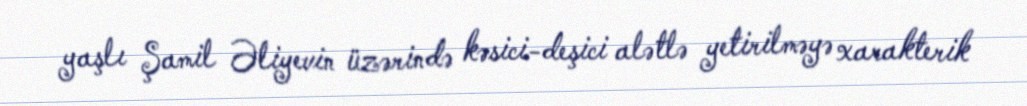
yaşlı Şamil Əliyevin üzərində kəsici-deşici alətlə yetirilməyə xarakterik